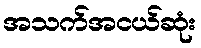
အသက်အငယ်ဆုံး